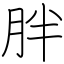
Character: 胖